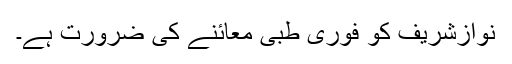
نوازشریف کو فوری طبی معائنے کی ضرورت ہے۔